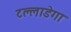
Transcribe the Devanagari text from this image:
टल्लाडेगा